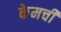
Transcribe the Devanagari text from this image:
केमची